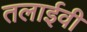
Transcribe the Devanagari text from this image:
तलाईवी